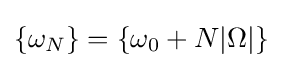
\{\omega _{N}\}=\{\omega _{0}+N|\Omega |\}